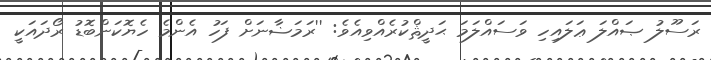
ރަސޫލު ޞައްލަ ޢަލައިހި ވަސައްލަމަ ޙަދީޘްކުރެއްވިއެވެ: ''ރަމަޟާނަށް ފަހު އެންމެ ހެޔޮކަންބޮޑު ރޯދައަކީ